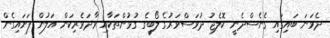
ދެވަނަ ބައިގައި ގެނެސްދެނީ ކޮލެޖު ދުވަސްވަރުގެ ލޯބީގެ ގުޅުންތަކާއި ވާދަވެރިކަން އަލުން ފަށައިގެން